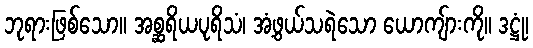
ဘုရားဖြစ်သော။ အစ္ဆရိယပုရိသံ၊ အံ့ဖွယ်သရဲသော ယောကျ်ားကို။ ဒဋ္ဌုံ၊